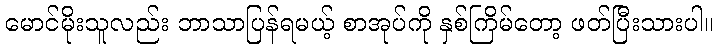
မောင်မိုးသူလည်း ဘာသာပြန်ရမယ့် စာအုပ်ကို နှစ်ကြိမ်တော့ ဖတ်ပြီးသားပါ။